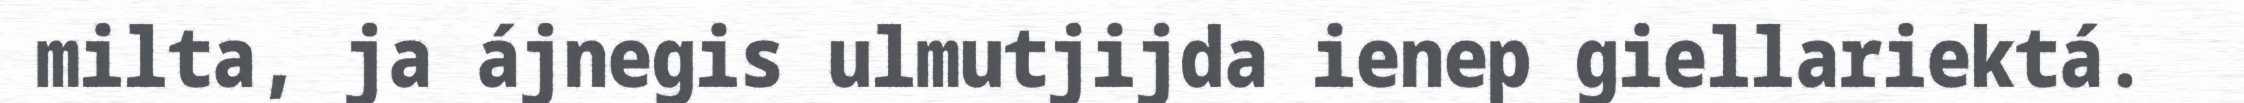
milta, ja ájnegis ulmutjijda ienep giellariektá.